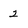
Character: 2